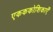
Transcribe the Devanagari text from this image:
एकककोशिकाएँ